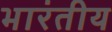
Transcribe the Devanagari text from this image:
भारंतीय